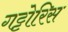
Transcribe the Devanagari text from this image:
गट्टोरिस